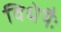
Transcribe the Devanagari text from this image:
विधेयैः